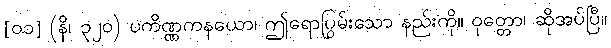
[၀၁] (နိ၊ ၃၂၀) ပကိဏ္ဏကနယော၊ ဤရောပြွမ်းသော နည်းကို။ ဝုတ္တော၊ ဆိုအပ်ပြီ။